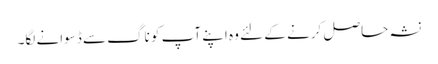
نشہ حاصل کرنے کے لئے وہ اپنے آپ کو ناگ سے ڈسوانے لگا۔